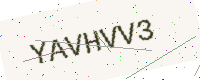
Text: YAVHVV3